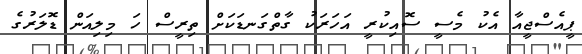
ޕީއެސްޖީއާ އެކު މެސީ ސޮއިކުރީ އަހަރަކު ގާތްގަނޑަކަށް ތިރީސް ހަ މިލިއަން ޑޮލަރުގެ